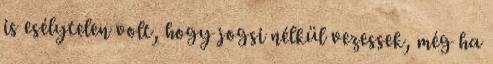
is esélytelen volt, hogy jogsi nélkül vezessek, még ha